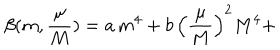
\beta ( m , \frac { \mu } { M } ) = a \, m ^ { 4 } + b \, \left( \frac { \mu } { M } \right) ^ { 2 } M ^ { 4 } +